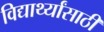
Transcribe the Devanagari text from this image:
विद्यार्थ्‍यांसाठी